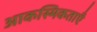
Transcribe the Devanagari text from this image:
आकस्मिकताएँ